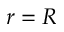
r = R